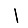
Digit: 1